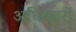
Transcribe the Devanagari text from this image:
अघिकारों